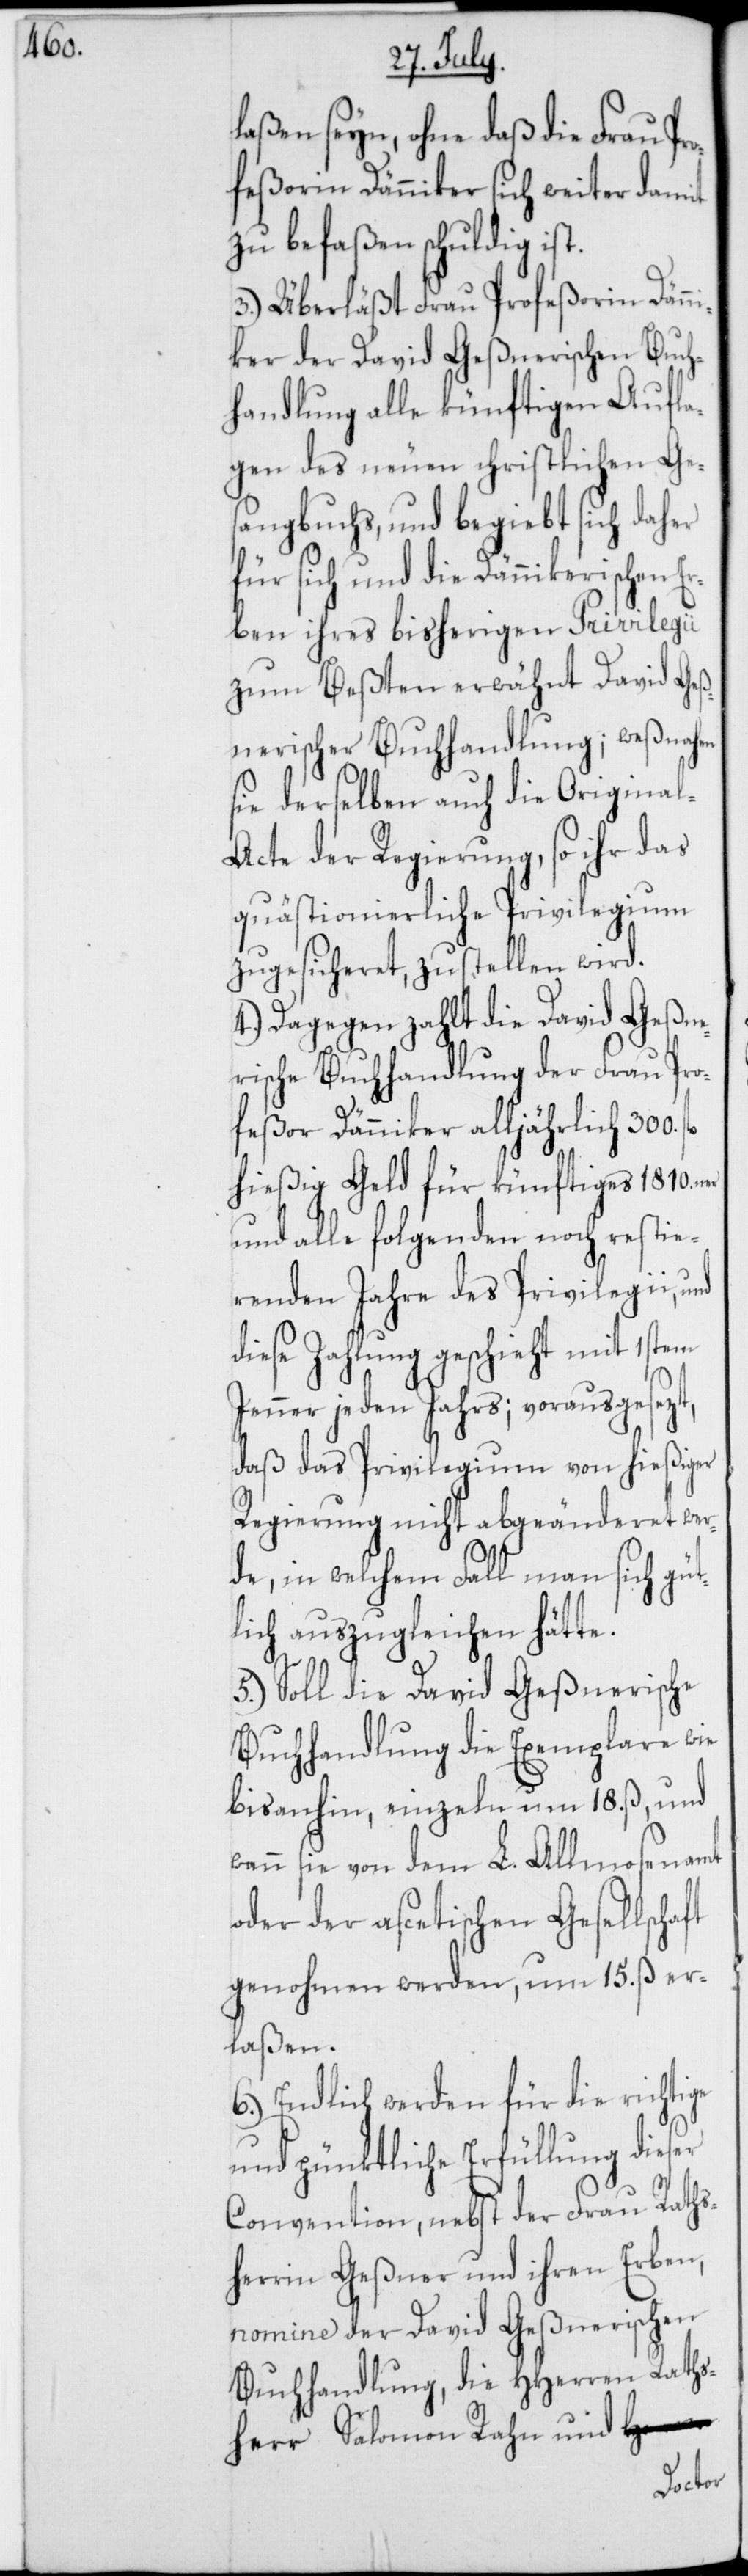
laßen seyn, ohne daß die Frau Pr¬
ofeßorin Dänniker sich weiter damit
zu befaßen schuldig ist.
3.) Überläßt Frau Profeßorin Dänn¬
iker der David Geßnerischen Buch¬
handlung alle künftigen Aufla¬
gen des neuen christlichen Ges¬
angbuchs, und begiebt sich daher
für sich und die Dännikerischen Er¬
ben ihres bisherigen Privilegii
zum Beßten erwähnt David Geß¬
nerischer Buchhandlung; wesnahen
sie derselben auch die Origina¬
cte der Regierung, so ihr das
quästionierliche Privilegium
zugesicheret, zustellen wird.
4.) Dagegen zahlt die David-Geßn¬
erische-Buchhandlung der Frau Pro¬
feßor Dänniker alljährlich 300.
hießig Geld für künftiges 1810.ner
und alle folgenden noch restie¬
renden Jahre des Privilegii, und
diese Zahlung geschieht mit 1stem
w¬
Jenner jeden Jahrs; vorausgesezt,
daß das Privilegium von hießiger
Regierung nicht abgeänderet wer¬
de, in welchem Fall man sich güt¬
lich auszugleichen hätte.
5.) Soll die David Geßnerische
Buchhandlung die Exemplare wie
bis anhin, einzeln um 18. ß, und
enn sie von dem L. Allmosenamt
oder der asketischen Gesellschaft
genohmen werden, um 15. ß er¬
laßen.
6.) Endlich werden für die richtige
und pünktliche Erfüllung dieser
Convention, nebst der Frau Raths¬
herrin Geßner und ihren Erben,
nomine der David Geßnerischen
Buchhandlung, die HHerren Raths¬
herr Salomon Rahn und